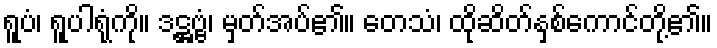
ရူပံ၊ ရူပါရုံကို။ ဒဋ္ဌဗ္ဗံ၊ မှတ်အပ်၏။ တေသံ၊ ထိုဆိတ်နှစ်ကောင်တို့၏။